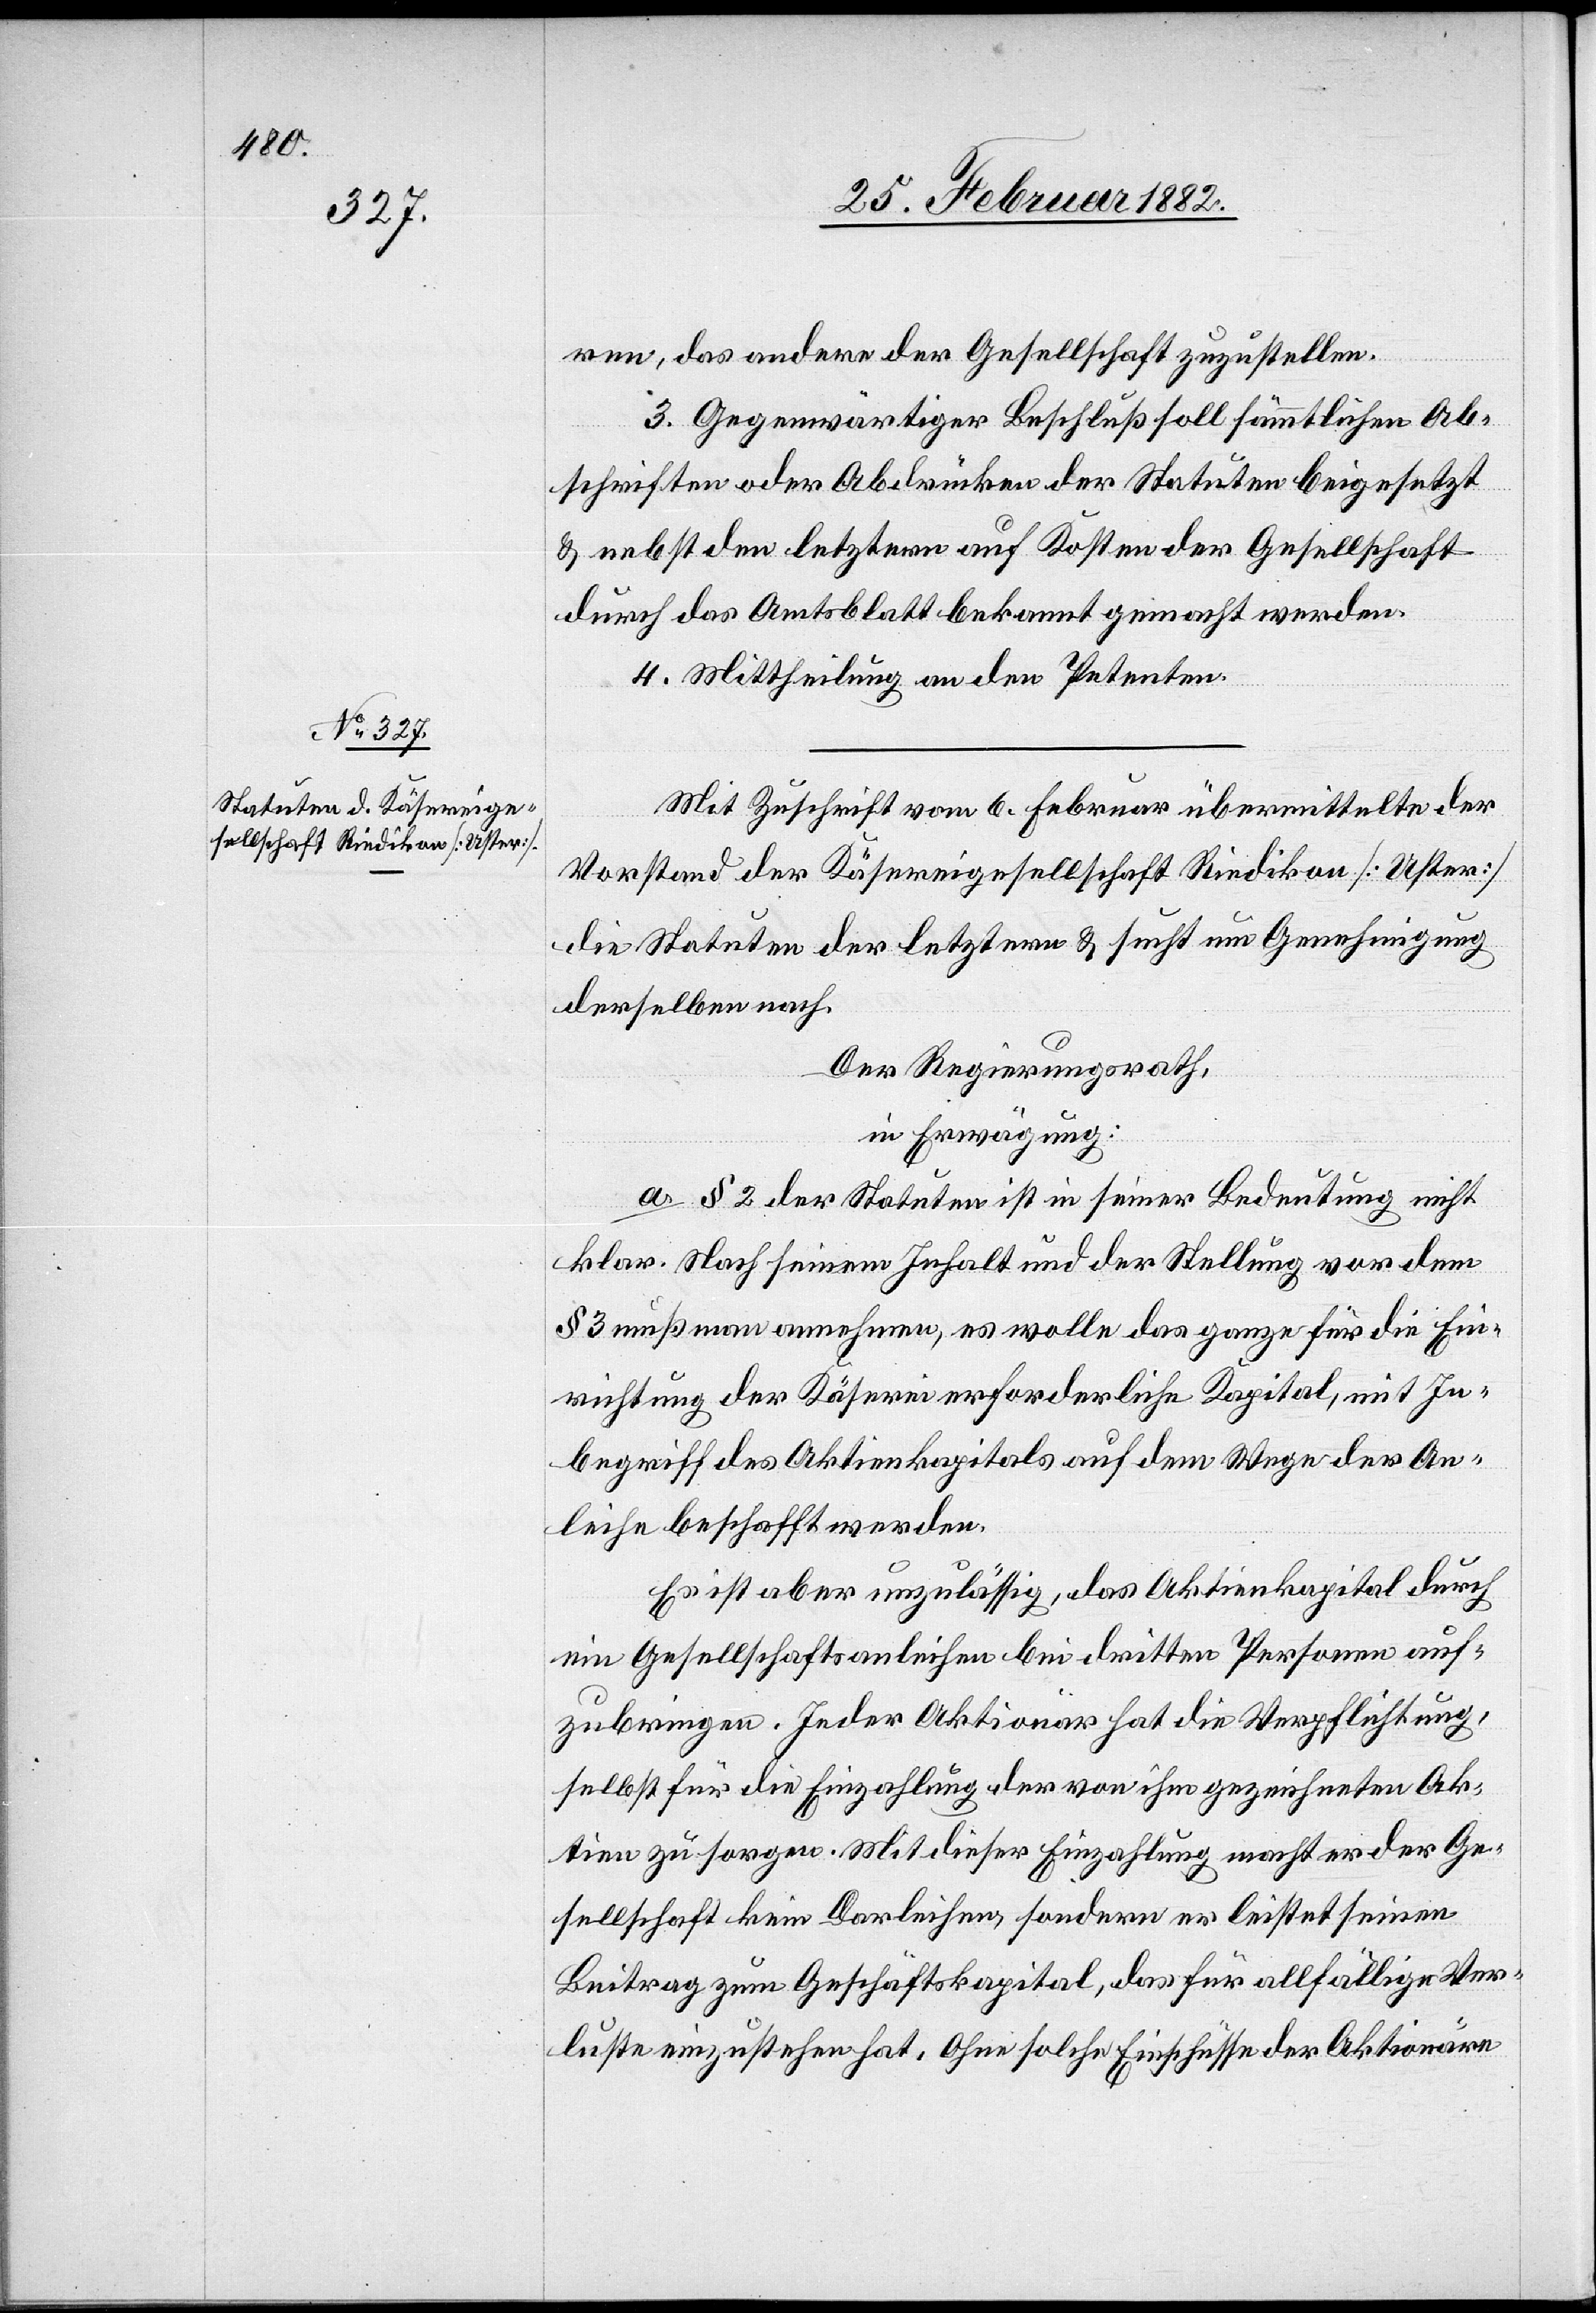
ren, das andere der Gesellschaft zuzustellen.
3. Gegenwärtiger Beschluß soll sämmtlichen Ab¬
schriften oder Abdrücken der Statuten beigesetzt
& nebst den letztern auf Kosten der Gesellschaft
durch das Amtsblatt bekannt gemacht werden.
4. Mitteilung an den Petenten.
Mit Zuschrift vom 6. Februar übermittelte der
Vorstand der Käsereigesellschaft Riedikon [Uster]
die Statuten der letztern & sucht um Genehmigung
derselben nach.
De Regierungsrath,
in Erwägung:
a. § 2 der Statuten ist in seiner Bedeutung nicht
klar. Nach seinem Inhalt und der Stellung vor dem
§ 3 muß man annehmen, es wolle das Ganze für die Er¬
richtung der Käserei erforderliche Kapital, mit In¬
begriff des Aktienkapitals auf dem Wege der An¬
leihe beschafft werden.
Es ist aber unzulässig, das Aktienkapitel durch
ein Gesellschaftsanleihen bei dritten Personen auf¬
zubringen. Jeder Aktionär hat die Verpflichtung,
selbst für die Einzahlung der von ihm gezeichneten Ak¬
tien zu sorgen. Mit dieser Einzahlung macht er der Ge¬
sellschaft kein Darleihen, sondern er leistet seinen
Beitrag zum Geschäftskapital, das für allfällige Ver¬
luste einzustehen hat. Ohne solche Einschüsse der Aktionäre